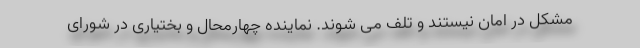
مشکل در امان نیستند و تلف می شوند. نماینده چهارمحال و بختیاری در شورای